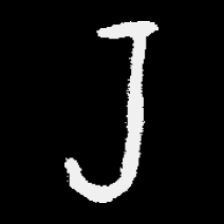
Pyu character \u2014 Myanmar letter: ရ (romanized: ra)